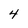
Character: 4